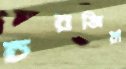
চরজিয়া